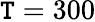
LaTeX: \mathtt{T}=300